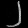
Digit: ၂